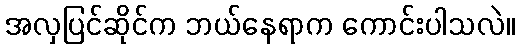
အလှပြင်ဆိုင်က ဘယ်နေရာက ကောင်းပါသလဲ။